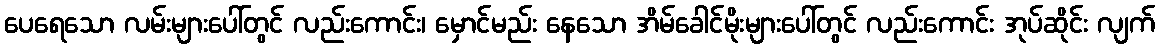
ပေရေသော လမ်းများပေါ်တွင် လည်းကောင်း၊ မှောင်မည်း နေသော အိမ်ခေါင်မိုးများပေါ်တွင် လည်းကောင်း အုပ်ဆိုင်း လျက်